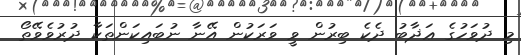
މި ދުވަހުގެ ޢަޛާބު ދެކެ ބިރުން ވީ ވަރަކުން އޭނާ ނުބައިކަންތަކާ ދުރުވެވޭތޯ